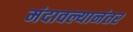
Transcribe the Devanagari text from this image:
मंदावल्यानंतर